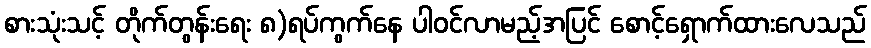
စားသုံးသင့် တိုက်တွန်းရေး ၈)ရပ်ကွက်နေ ပါဝင်လာမည့်အပြင် စောင့်ရှောက်ထားလေသည်